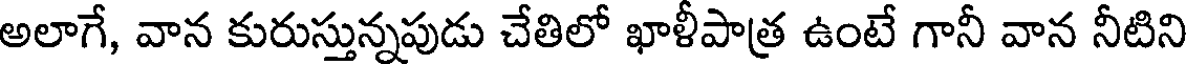
అలాగే, వాన కురుస్తున్నపుడు చేతిలో ఖాళీపాత్ర ఉంటే గానీ వాన నీటిని